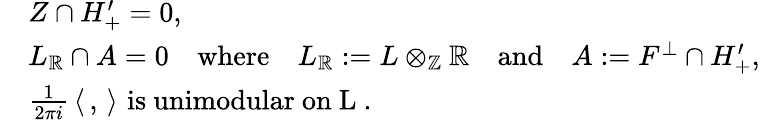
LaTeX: \begin{array}{rl}&{Z\cap H_{+}^{\prime}=0,}\\ &{L_{\mathbb{R}}\cap A=0\quad\mathrm{where}\quad L_{\mathbb{R}}:=L\otimes_{\mathbb{Z}}\mathbb{R}\quad\mathrm{and}\quad A:=F^{\perp}\cap H_{+}^{\prime},}\\ &{\frac{1}{2\pi i}\, \langle\, ,\, \rangle\, \, \mathrm{is~unimodular~on~L~.}}\end{array}